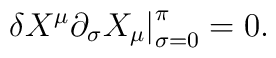
\left. \delta X^\mu \partial_\sigma X_\mu\right| _{\sigma = 0} ^\pi =0.